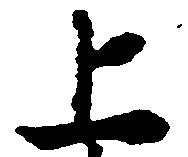
上